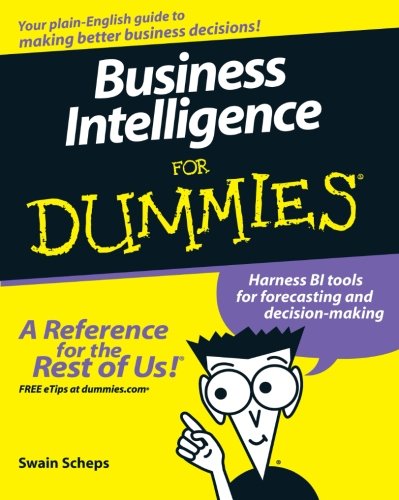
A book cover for Business Intelligence For Dummies; Swain Scheps; Computers & Technology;